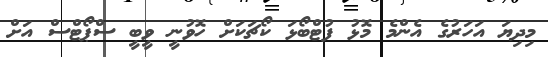
މިދިޔަ އަހަރުގެ އެންމެ މޮޅު ފުޓްބޯޅަ ކޯޗަކަށް ހޮވުނީ ވީބީ ސްޕޯޓްސް އަށް